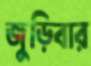
জুড়িবার